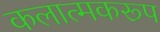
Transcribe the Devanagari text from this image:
कलात्मकरूप